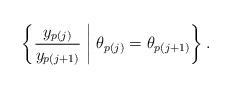
LaTeX: \begin{align*}\left\{\frac{y_{p(j)}}{y_{p(j+1)}}\; \bigg| \; \theta _{p(j)}=\theta _{p(j+1)}\right\}.\end{align*}